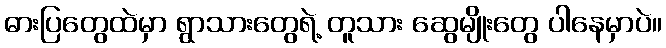
ဓားပြတွေထဲမှာ ရွာသားတွေရဲ့ တူသား ဆွေမျိုးတွေ ပါနေမှာပဲ။